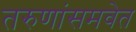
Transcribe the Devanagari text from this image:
तरुणांसमवेत